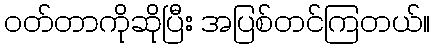
ဝတ်တာကိုဆိုပြီး အပြစ်တင်ကြတယ်။